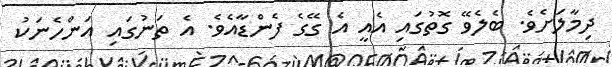
ދިމާލަށެވެ. ބެލެވޭ ގޮތުގައި އެއީ އެ ގޭގެ ފެންޑާއެވެ. އެ ތަނުގައި އަންހެނަކު